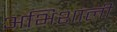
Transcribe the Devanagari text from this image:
अभिशाली